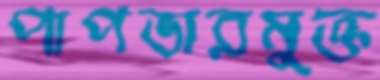
পাপভারমুক্ত